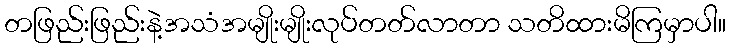
တဖြည်းဖြည်းနဲ့အသံအမျိုးမျိုးလုပ်တတ်လာတာ သတိထားမိကြမှာပါ။